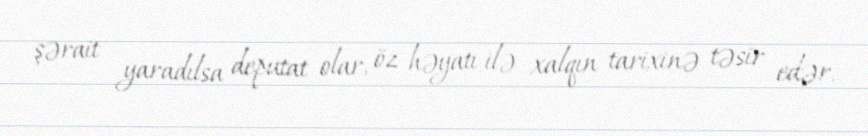
şərait yaradılsa deputat olar, öz həyatı ilə xalqın tarixinə təsir edər.